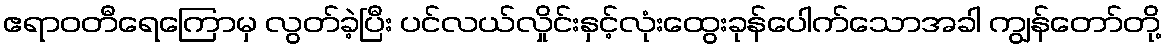
ဧရာဝတီရေကြောမှ လွတ်ခဲ့ပြီး ပင်လယ်လှိုင်းနှင့်လုံးထွေးခုန်ပေါက်သောအခါ ကျွန်တော်တို့